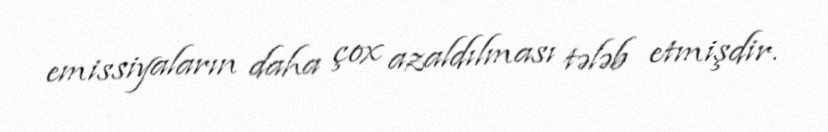
emissiyaların daha çox azaldılması tələb etmişdir.